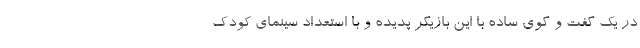
در یک گفت و گوی ساده با این بازیگر پدیده و با استعداد سینمای کودک